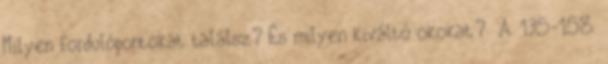
Milyen fordulópontokat találsz? És milyen kiváltó okokat? A 135-158.